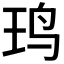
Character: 𱉍